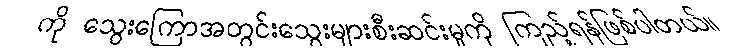
ကို သွေးကြောအတွင်းသွေးများစီးဆင်းမှုကို ကြည့်ရန်ဖြစ်ပါတယ်။